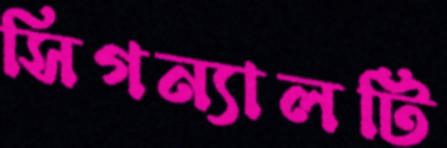
সিগন্যালটি